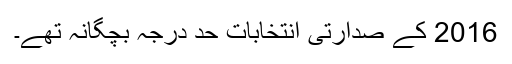
2016 کے صدارتی انتخابات حد درجہ بچگانہ تھے۔